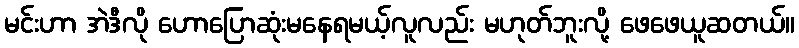
မင်းဟာ အဲဒီလို ဟောပြောဆုံးမနေရမယ့်လူလည်း မဟုတ်ဘူးလို့ ဖေဖေယူဆတယ်။